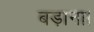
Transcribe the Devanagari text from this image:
बड़ाना।